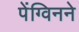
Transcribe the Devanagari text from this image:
पेंग्विनने